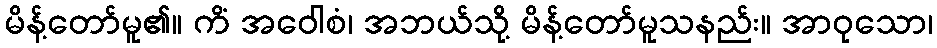
မိန့်တော်မူ၏။ ကိံ အဝေါစံ၊ အဘယ်သို့ မိန့်တော်မူသနည်း။ အာဝုသော၊